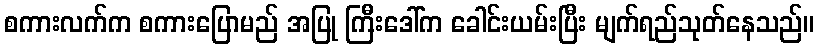
စကားလက်က စကားပြောမည် အပြု ကြီးဒေါ်က ခေါင်းယမ်းပြီး မျက်ရည်သုတ်နေသည်။